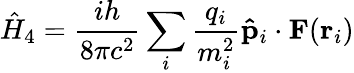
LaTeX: {\hat{H}}_{4}={\frac{ih}{8\pi c^{2}}}\sum_{i}{\frac{q_{i}}{m_{i}^{2}}}\mathbf{\hat{p}}_{i}\cdot\mathbf{F}(\mathbf{r}_{i})